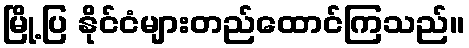
မြို့ပြ နိုင်ငံများတည်ထောင်ကြသည်။